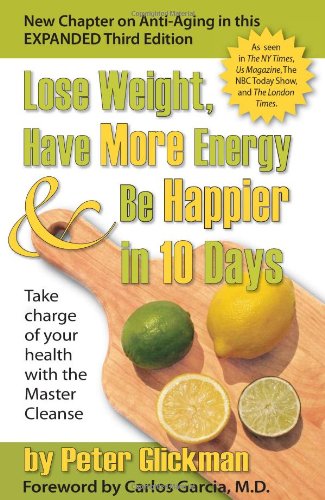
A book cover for Lose Weight, Have More Energy and Be Happier in 10 Days: Take Charge of Your Health with the Master Cleanse; Peter Glickman; Medical Books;